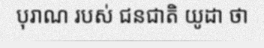
បុរាណ របស់ ជនជាតិ យូដា ថា